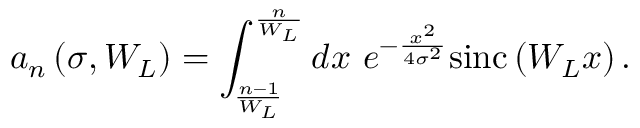
a _ { n } \left( \sigma , W _ { L } \right) = \int _ { \frac { n - 1 } { W _ { L } } } ^ { \frac { n } { W _ { L } } } d x \ e ^ { - \frac { x ^ { 2 } } { 4 \sigma ^ { 2 } } } \mathrm { s i n c } \left( W _ { L } x \right) .